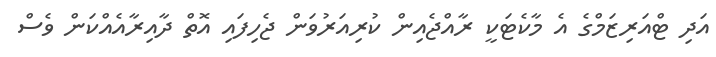
އަދި ޓްއަރިޒަމްގެ އެ މާކެޓަކީ ރާއްޖެއިން ކުރިއަރުވަން ޖެހިފައި އޮތް ދާއިރާއެއްކަން ވެސް